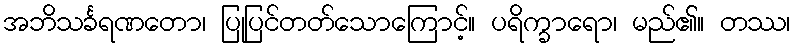
အဘိသင်္ခရဏတော၊ ပြုပြင်တတ်သောကြောင့်။ ပရိက္ခာရော၊ မည်၏။ တဿ၊